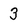
Character: 3